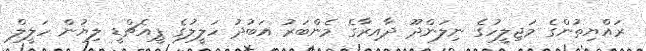
ރައްޔިތުންގެ މަޖިލީހުގެ ނިލަންދޫ ދާއިރާގެ މެންބަރު އަބުދު ހަލީލުގެ ޕީއެޗްޑީ ލިޔުން ހަލީލް